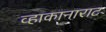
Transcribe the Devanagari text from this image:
व्हाकानाराट